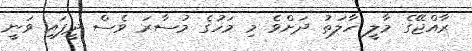
ރާއްޖޭގެ މާލީ ހާލަތު ދަށްވެ މި މަހުގެ މުސާރަ ވެސް ދީފައި ވަނީ